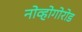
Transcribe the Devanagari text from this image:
नोव्होगोरोड